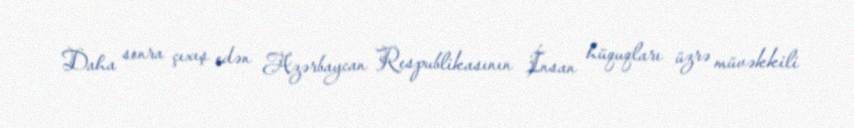
Daha sonra çıxış edən Azərbaycan Respublikasının İnsan hüquqları üzrə müvəkkili